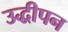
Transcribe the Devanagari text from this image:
उद्धीपन